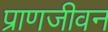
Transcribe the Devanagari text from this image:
प्राणजीवन